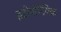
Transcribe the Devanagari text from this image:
इडीयोपैथिक